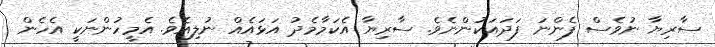
ސާރިޔާ ނުވެސް ފެންނަ ފަދައަކުންނެވެ. ސާރިޔާ އެކަމާމެދު އަޅައެއް ނުލިއެވެ. އެމީހުންނަކީ އެެހެން